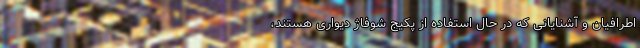
اطرافیان و آشنایانی که در حال استفاده از پکیج شوفاژ دیواری هستند،